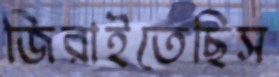
জিরাইতেছিস